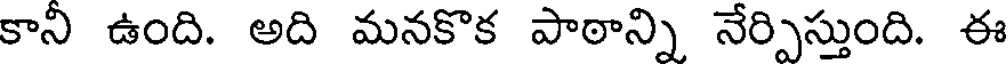
కాని ఉంది. అది మనకొక పాఠాన్ని నేర్పిస్తుంది. ఈ